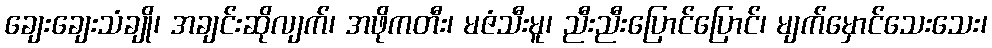
ချေးချေးသံချို၊ အချင်းဆိုလျက်၊ အဖိုကတီး၊ မဇံသီးမူ၊ ညီးညီးပြောင်ပြောင်၊ မျက်မှောင်သေးသေး၊